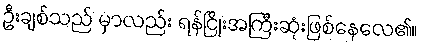
ဦးချစ်သည် မှာလည်း ရန်ငြိုးအကြီးဆုံးဖြစ်နေလေ၏။